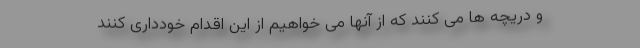
و دریچه ها می کنند که از آنها می خواهیم از این اقدام خودداری کنند